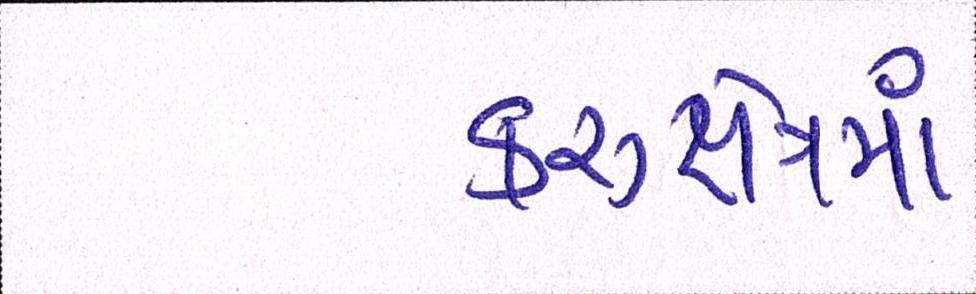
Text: કરુક્ષેત્રમાં